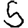
Digit: 5